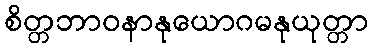
စိတ္တဘာဝနာနုယောဂမနုယုတ္တာ